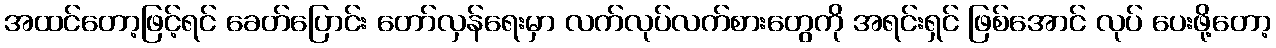
အထင်တော့ဖြင့်ရင် ခေတ်ပြောင်း တော်လှန်ရေးမှာ လက်လုပ်လက်စားတွေကို အရင်းရှင် ဖြစ်အောင် လုပ် ပေးဖို့တော့